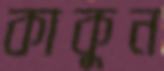
কাকুন